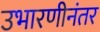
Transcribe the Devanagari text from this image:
उभारणीनंतर